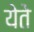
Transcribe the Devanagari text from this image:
येेते